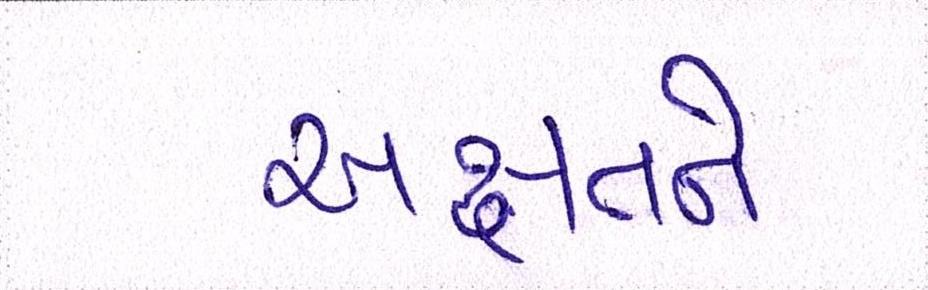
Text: અક્ષતને